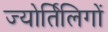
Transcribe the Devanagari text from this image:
ज्योर्तिलिगों